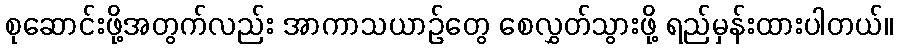
စုဆောင်းဖို့အတွက်လည်း အာကာသယာဉ်တွေ စေလွှတ်သွားဖို့ ရည်မှန်းထားပါတယ်။